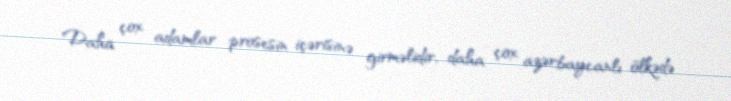
Daha çox adamlar prosesin içərisinə girməlidir, daha çox azərbaycanlı ölkədə